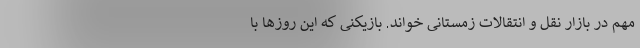
مهم در بازار نقل و انتقالات زمستانی خواند. بازیکنی که این روز‌ها با